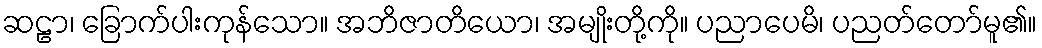
ဆဠာ၊ ခြောက်ပါးကုန်သော။ အဘိဇာတိယော၊ အမျိုးတို့ကို။ ပညာပေမိ၊ ပညတ်တော်မူ၏။